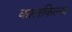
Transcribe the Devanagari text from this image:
कालकिल्या